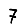
Digit: 7